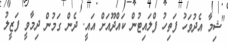
"ޝިމާ އެދުވަހު ފަތިހު ފްލައިޓުން ކައްދޫއަށް އައީ. ދެން ގަމުން ދިމާވީ ފަޒީލު